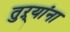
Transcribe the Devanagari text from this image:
तुऱ्यांना